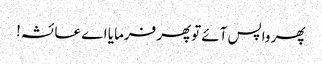
پھر واپس آئے توپھر فرمایا اے عائشہ!